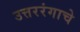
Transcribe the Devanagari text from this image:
उत्तररंगाचे